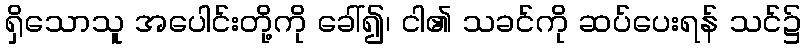
ရှိသောသူ အပေါင်းတို့ကို ခေါ်၍၊ ငါ၏ သခင်ကို ဆပ်ပေးရန် သင်၌